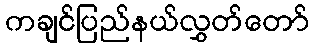
ကချင်ပြည်နယ်လွှတ်တော်